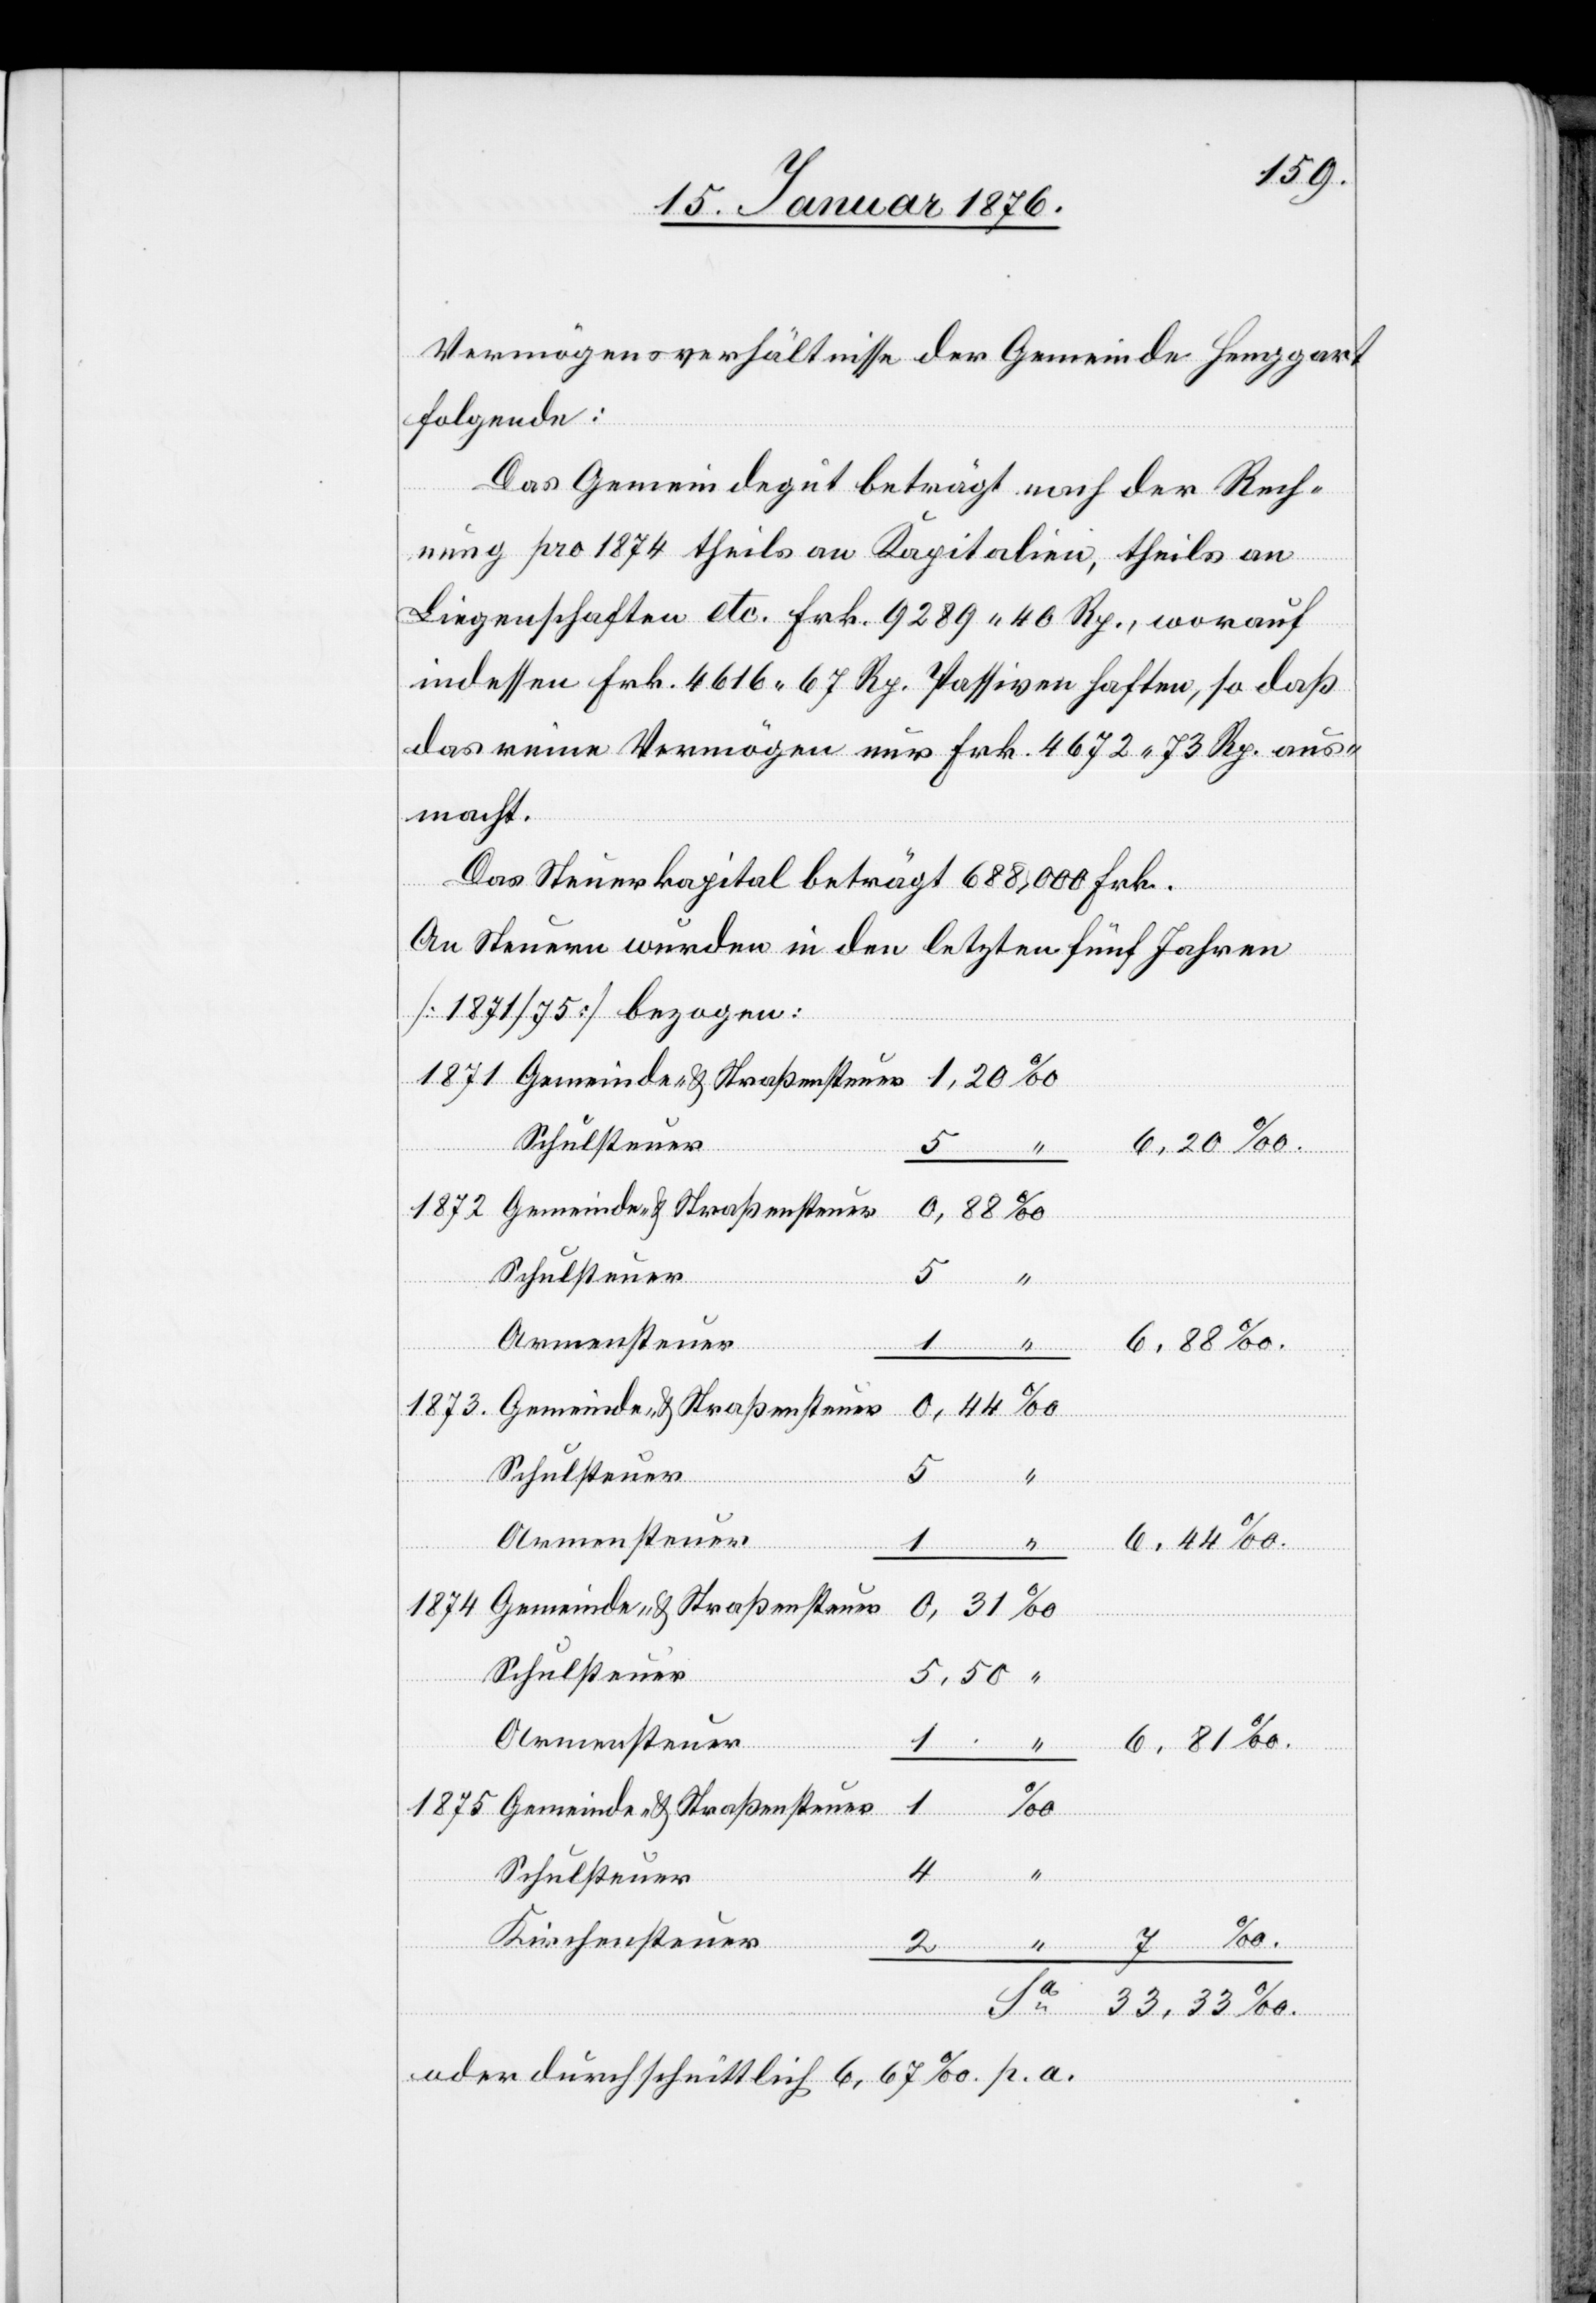
Vermögensverhältnisse der Gemeinde Henggart
folgende:
Das Gemeindegut beträgt nach der Rech¬
nung pro 1874 theils an Kapitalien, theils an
Liegenschaften etc. Frk. 9289.40 Rp., worauf
indessen Frk. 4616.67 Rp. Passiven haften, so daß
das reine Vermögen nur Frk. 4672.73 Rp. aus¬
2
macht.
Das Steuerkapital beträgt 688,000 Frk.
An Steuern wurden in den letzten fünf Jahren
[1871/75] bezogen:
Schulsteuer
6,20 ‰.
6,88 ‰.
Armensteuer
“
Schulsteuer
Gemeinde- u. Straßensteuer
1875
Sa.
Schulsteuer
Kirchensteuer
oder durchschnittlich 6,67 ‰ p. a.